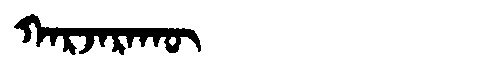
Manchu: ᡴᠠᡵᠵᠠᡵᠠᡴᡡ
Romanization: KARJARAKŪ